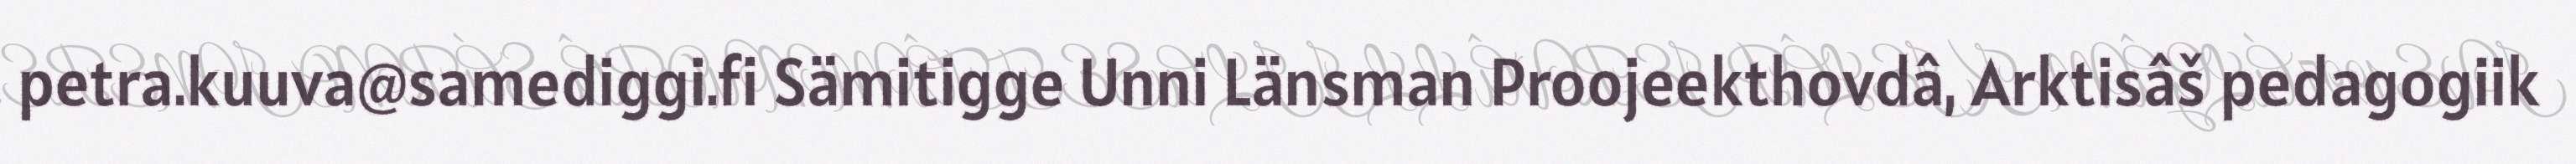
petra.kuuva@samediggi.fi Sämitigge Unni Länsman Proojeekthovdâ, Arktisâš pedagogiik